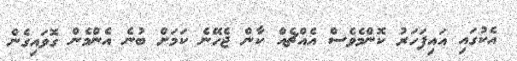
އެކުގައި އައިފަހަރު ކޮންމެވެސް އެއްޗެއް ކާން ޖެހޭނެ ކަމަށް ބުނެ އެންމެން ގޮވައިގެން